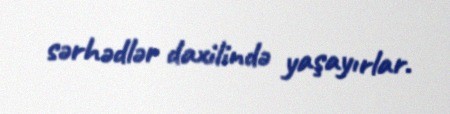
sərhədlər daxilində yaşayırlar.